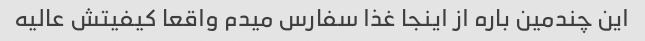
این چندمین باره از اینجا غذا سفارس میدم واقعا کیفیتش عالیه